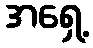
အရှေ့